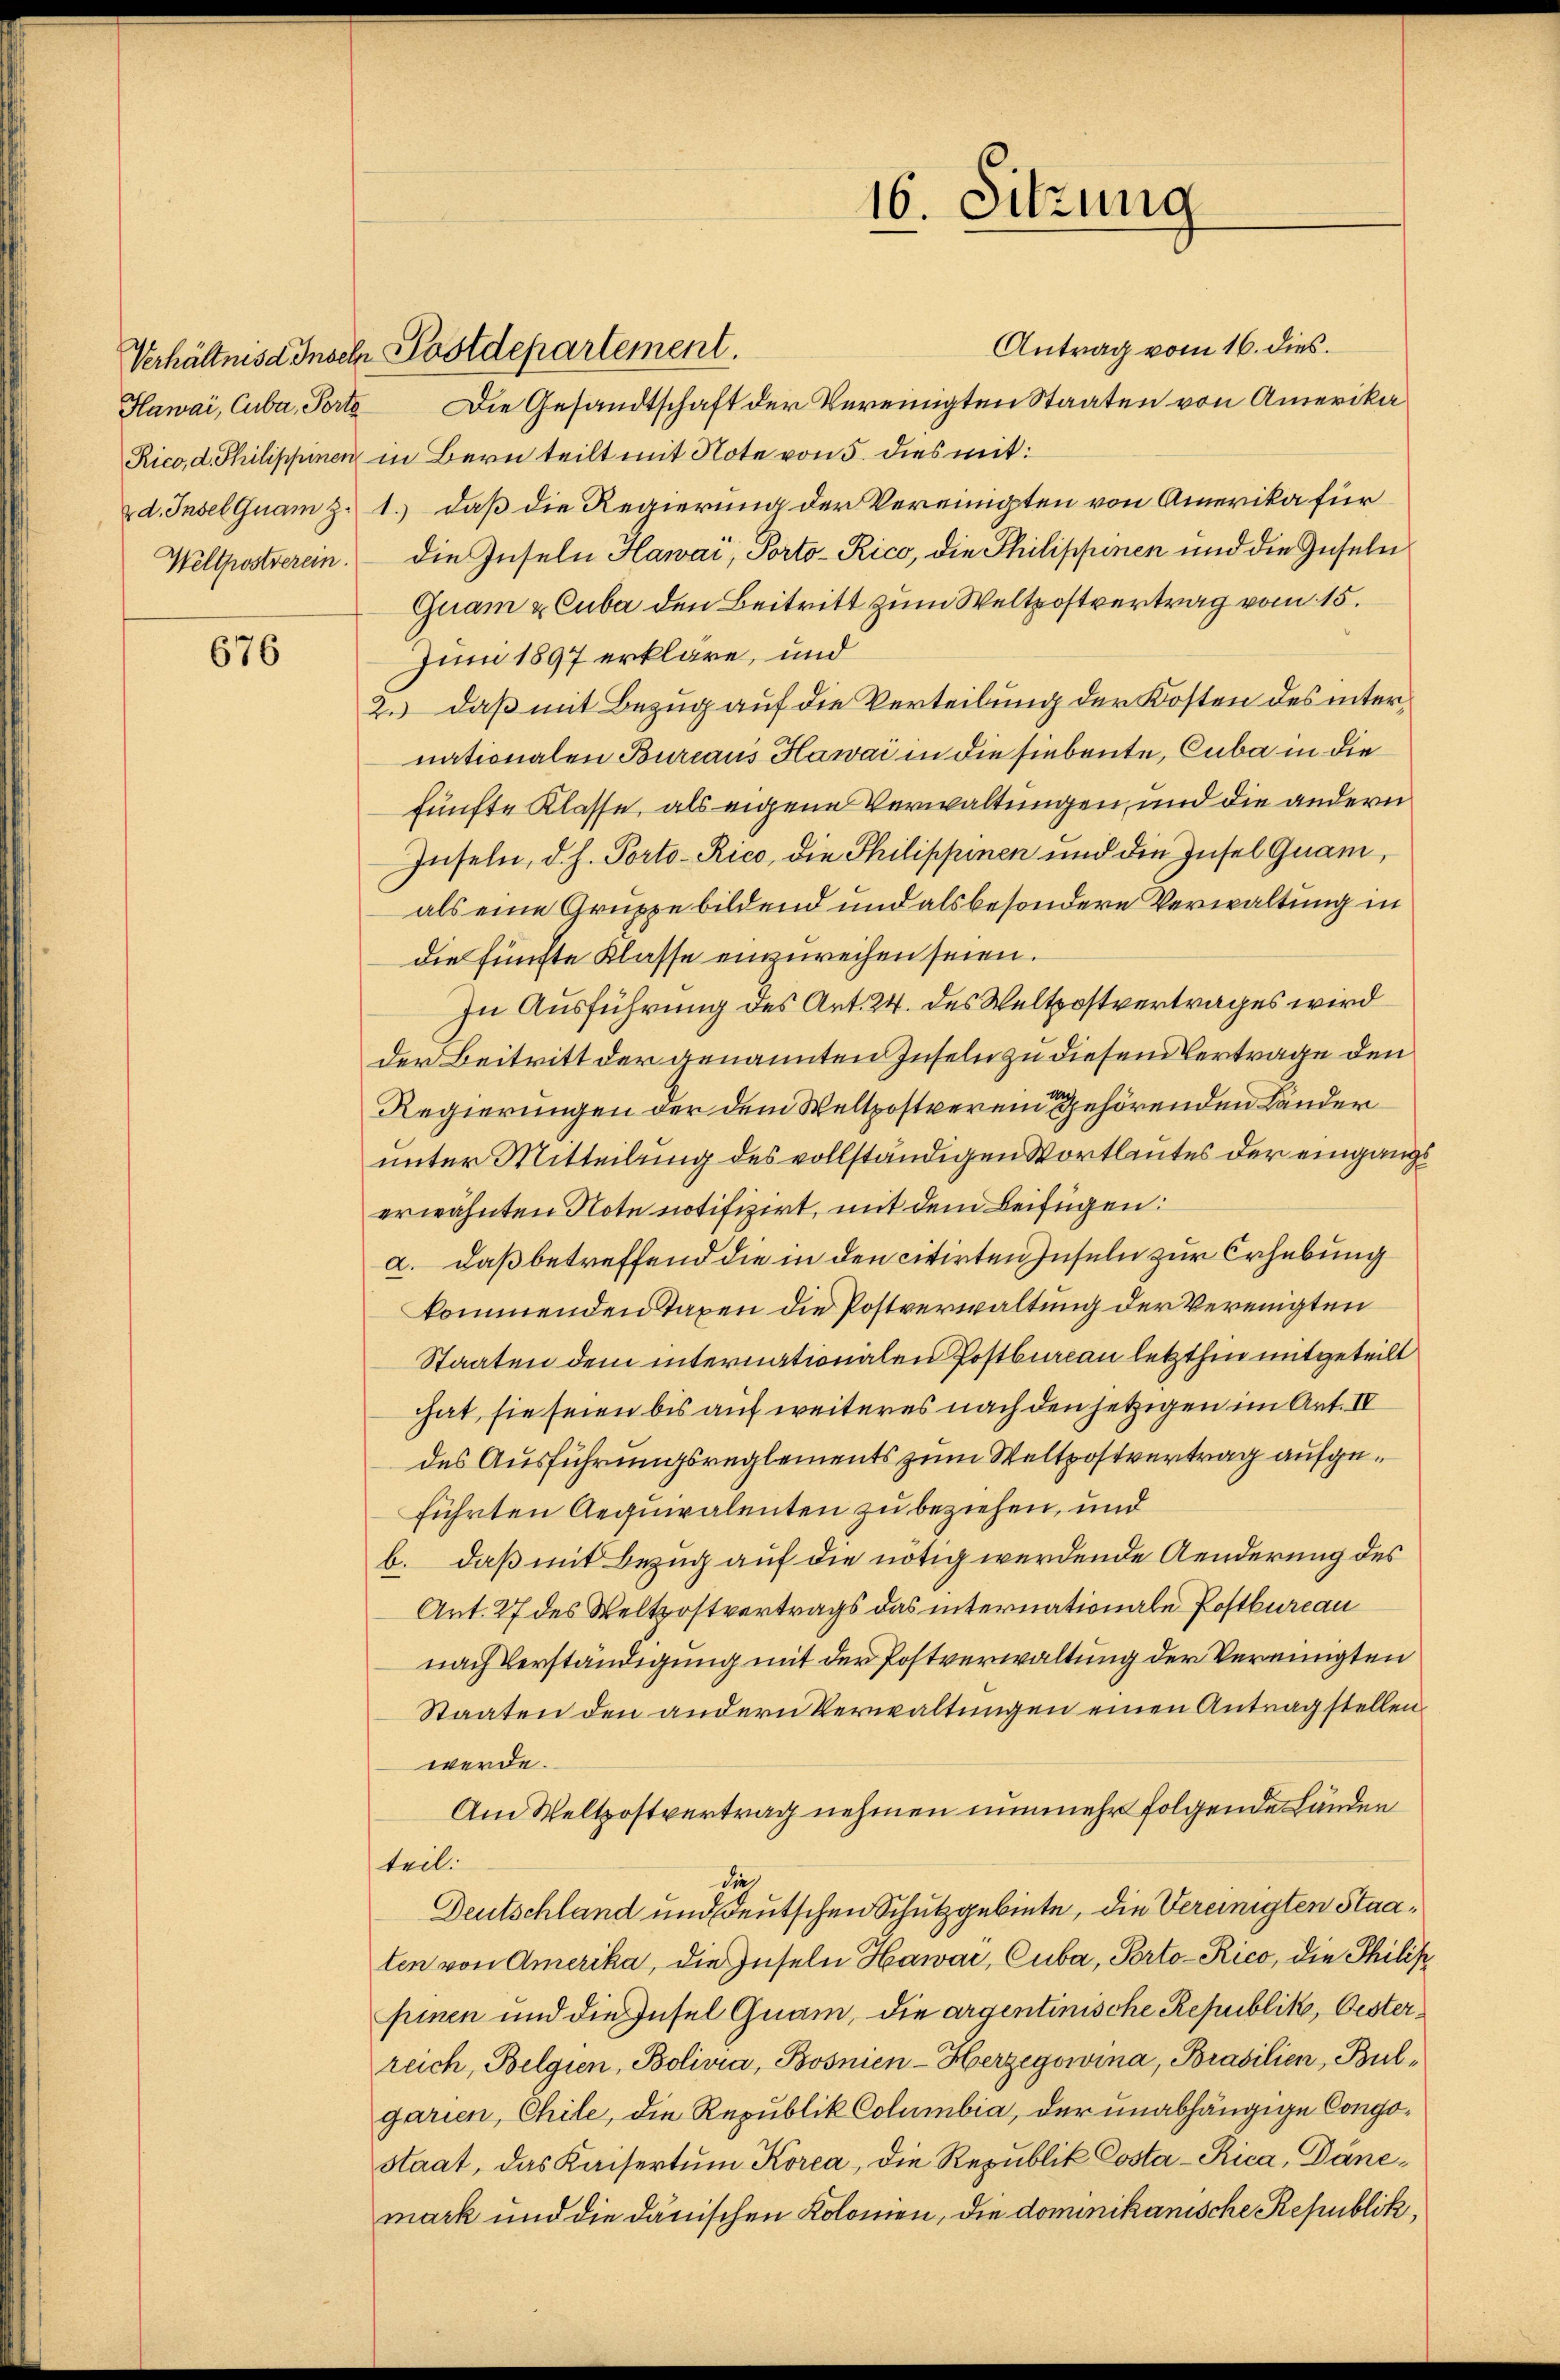
Hawai, Cuba, Porto

676

Antrag vom 16. dies
Die Gesandtschaft der Vereinigten Staaten von Amerika¬
Rico, d. Philippinen in Bern teilt mit Note von 5. dies mit:
d. Insel quam z. 1. daß die Regierung der Vereinigten von Amerika für
Weltpostverein. Die Inseln Hawai, Porto-Rico, die Philippinen und die Guseln
Quam u Cuba den Beitritt zum Weltpostvertrag vom 15.
Juni 1897 erkläre, und
 daß mit Bezug auf die Verteilung der Kosten des internationalen Bureaus Hawai in die siebeute, Cuba in die
fünfte Klasse, als eigene Verwaltungen und die andern
Inseln, d. h. Porto-Rico, die Philippinen und die Insel Guam,
als eine Gruppe bildend und als besondere Verwaltung in
die fünfte Klasse einzureihen seien.
In Ausführung des Art. 24. des Weltpostvertrages wird
der Beitritt der genannten Inseln zu diesem Vertrage den
Regierungen der dem Weltpostverein gehörenden Länder
unter Mitteilung des vollständigen Wortlautes der eingangs
erwähnten Note notifizirt, mit dem Beifügen:
a. daß betreffend die in den citirten Inseln zur Erhebung
kommenden Taxen die Postverwaltung der Vereinigten
Staaten dem internationalen Postbureau letzthin mitgeteilt
hat, sie seien bis auf weiteres nach den jetzigen im Art. IV
des Ausführungsreglements zum Weltpostvertrag aufgeführten Aequiralenten zu beziehen, und
b. daß mit Bezug auf die nötig werdende Aenderung des
Art. 27 des Weltpostvertrags das internationale Postbureau
nach Verständigung mit der Postverwaltung der Vereinigten
Staaten den andern Verwaltungen einen Antragstellen
werde.
Am Weltzostvertrag nehmen nunmehr folgende Länden
teil.
die
Deutschland und Deutschen Schutzgebiete, die Vereinigten Staaten von Amerika, die Inseln Hawar, Cuba, Porto-Rico, die Philik
pinen und die Insel Guam, die argentinische Republik, Oesterreich, Belgien, Bolivia, Bosnien-Herzegowina, Brasilien, Bulgarien, Chile, die Republik Columbia, der unabhängige Congostaat, das Kaisertŭm Korea, die Republik Costa-Rica, Dänemark und die danischen Kolonien, die dominikanische Republik,

Verhältniss Insch Postdepartement.

16. Sitzung